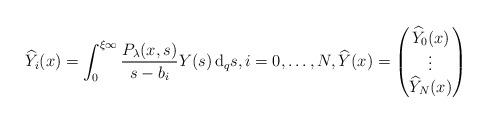
LaTeX: \begin{align*}& \widehat{Y}_{i}(x) = \int^{\xi \infty}_{0}\frac{P_{\lambda}(x, s)}{s-b_{i}}Y(s) \, {\rm d}_{q}s, i=0,\dots,N, \widehat{Y}(x) = \begin{pmatrix} \widehat{Y}_{0}(x) \\ \vdots \\ \widehat{Y}_{N}(x) \end{pmatrix} \end{align*}